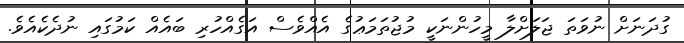
ގުދަނަށް ނުވަތަ ޖަލަށްލާ މީހުންނަކީ މުޖުތަމަޢުގެ އެއްވެސް އަގެއްހުރި ބައެއް ކަމުގައި ނުދެކެއެވެ.